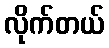
လိုက်တယ်